Bréfritari: Sigríður Pálsdóttir
Viðtakandi: Páll Pálsson
Dagsetning: A-1856-09-26
Skrifað á: Hraungerði  Árn.
Páll var bróðir Sigríðar

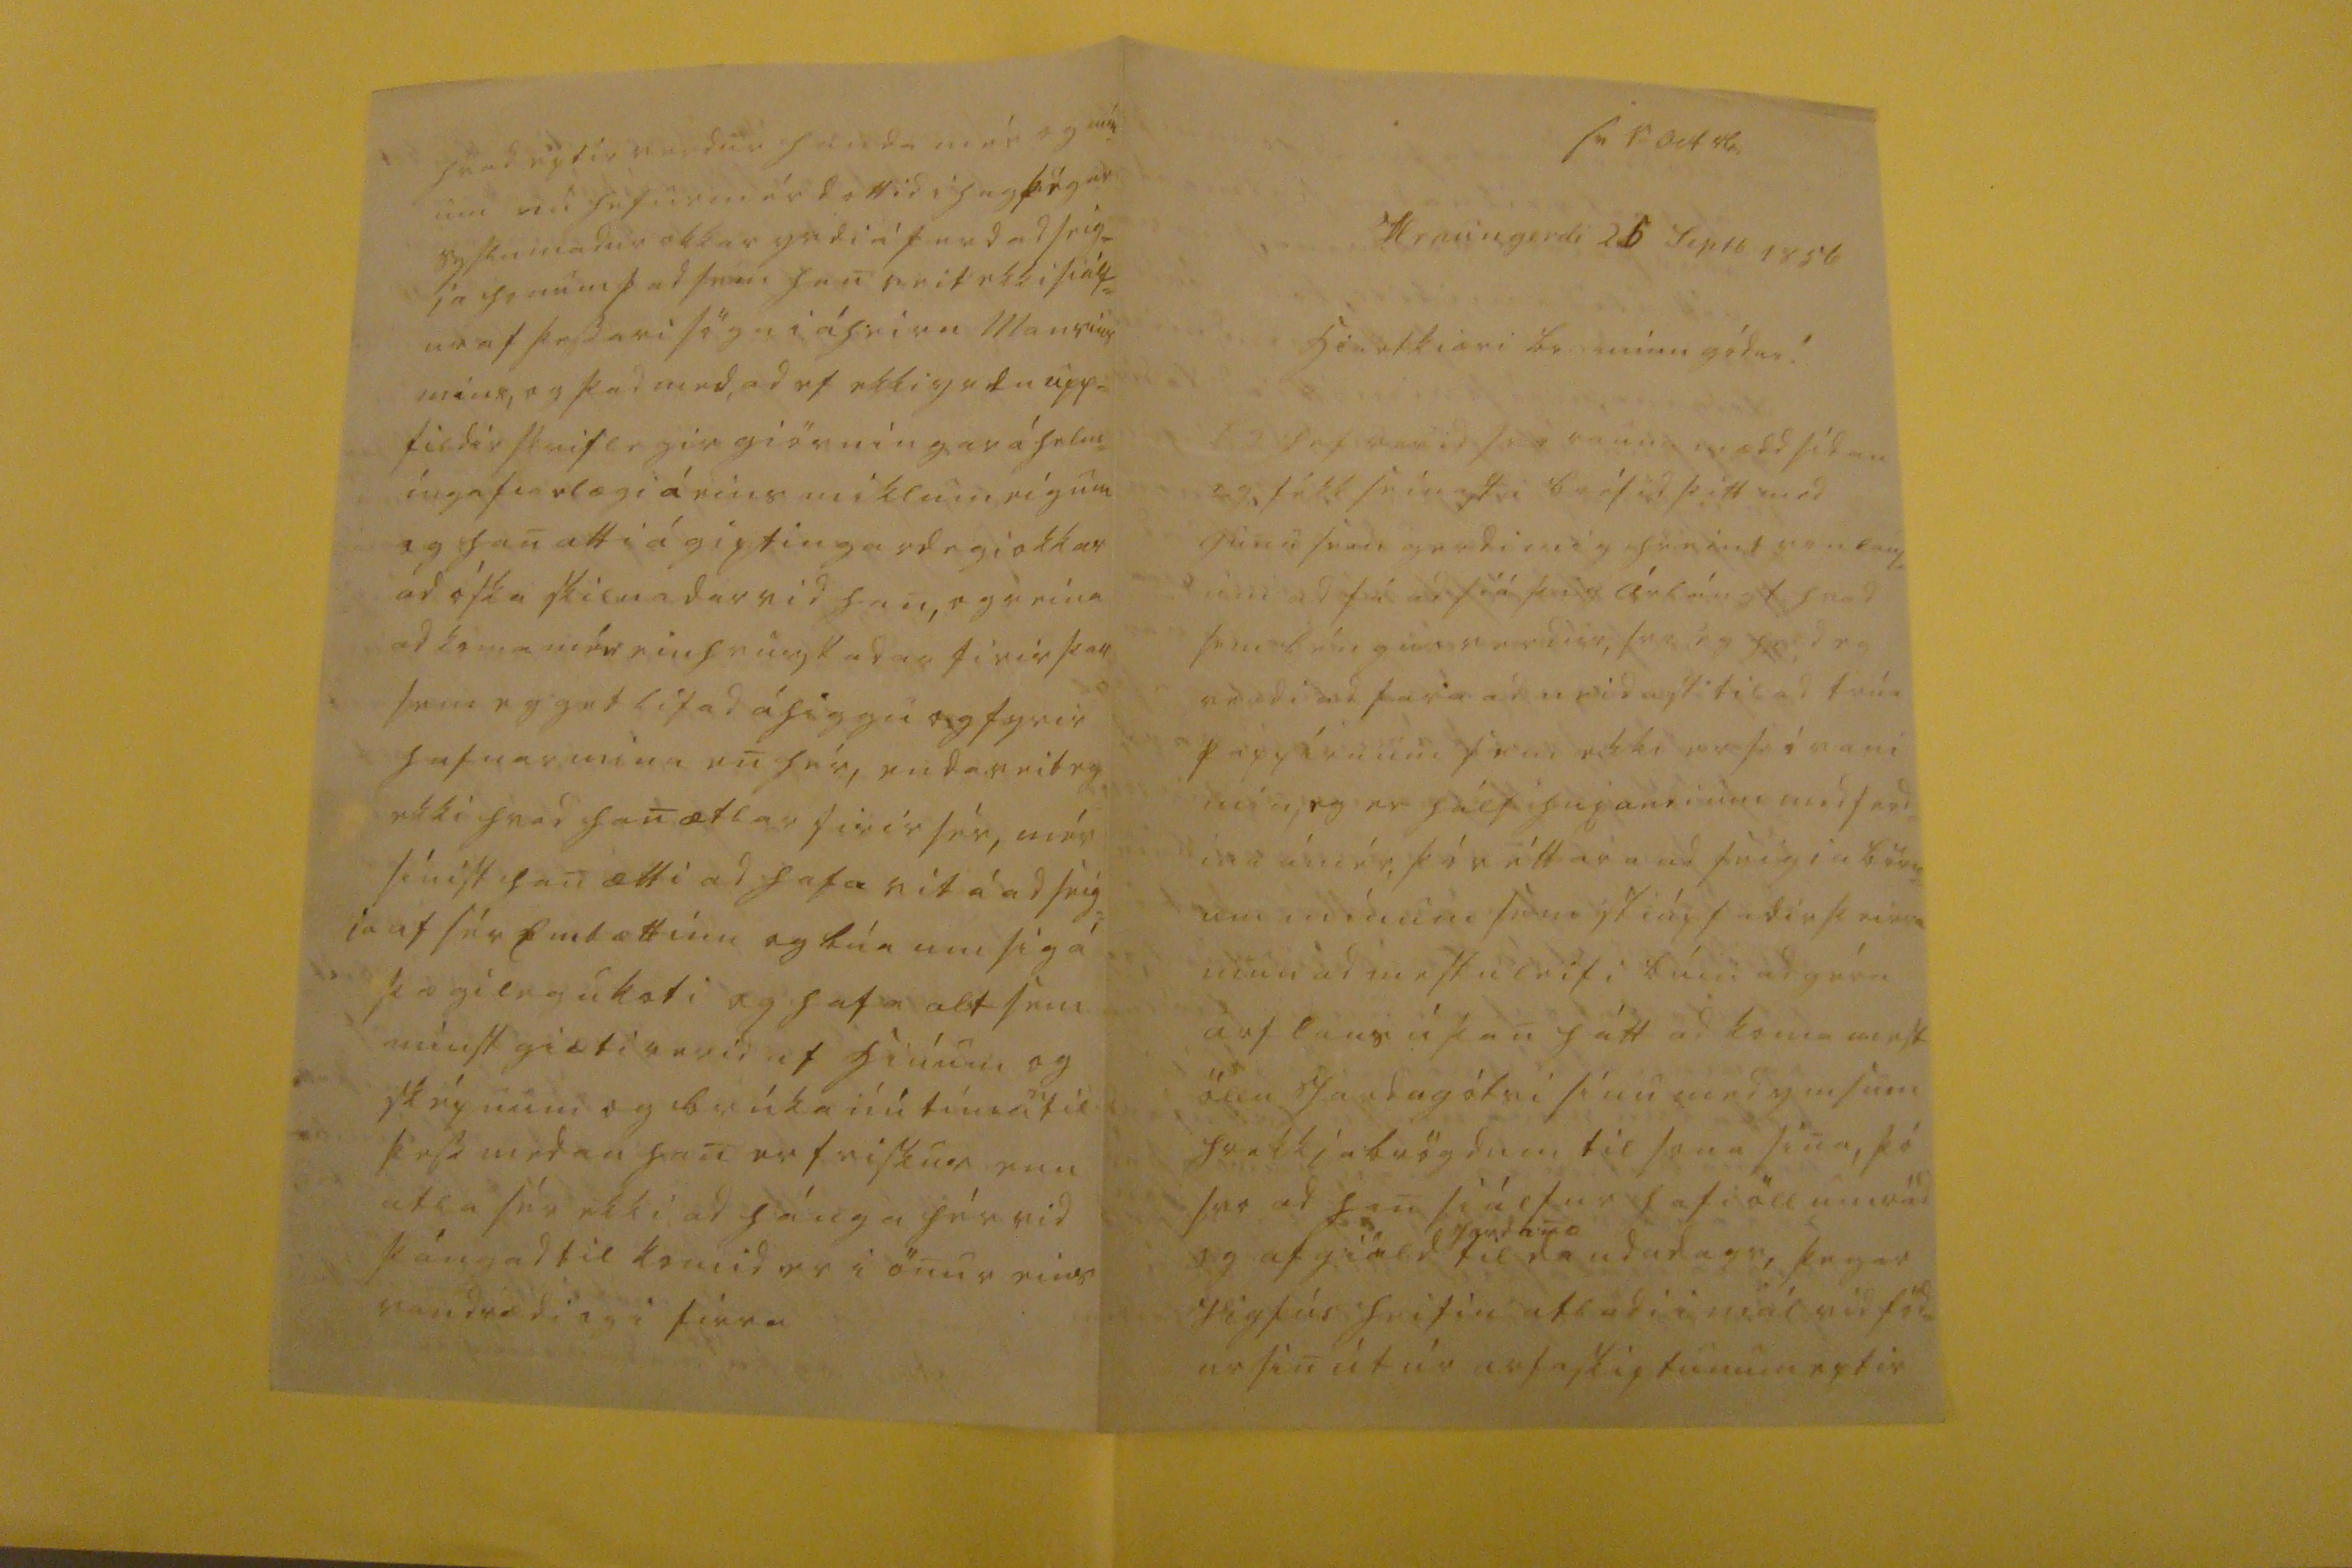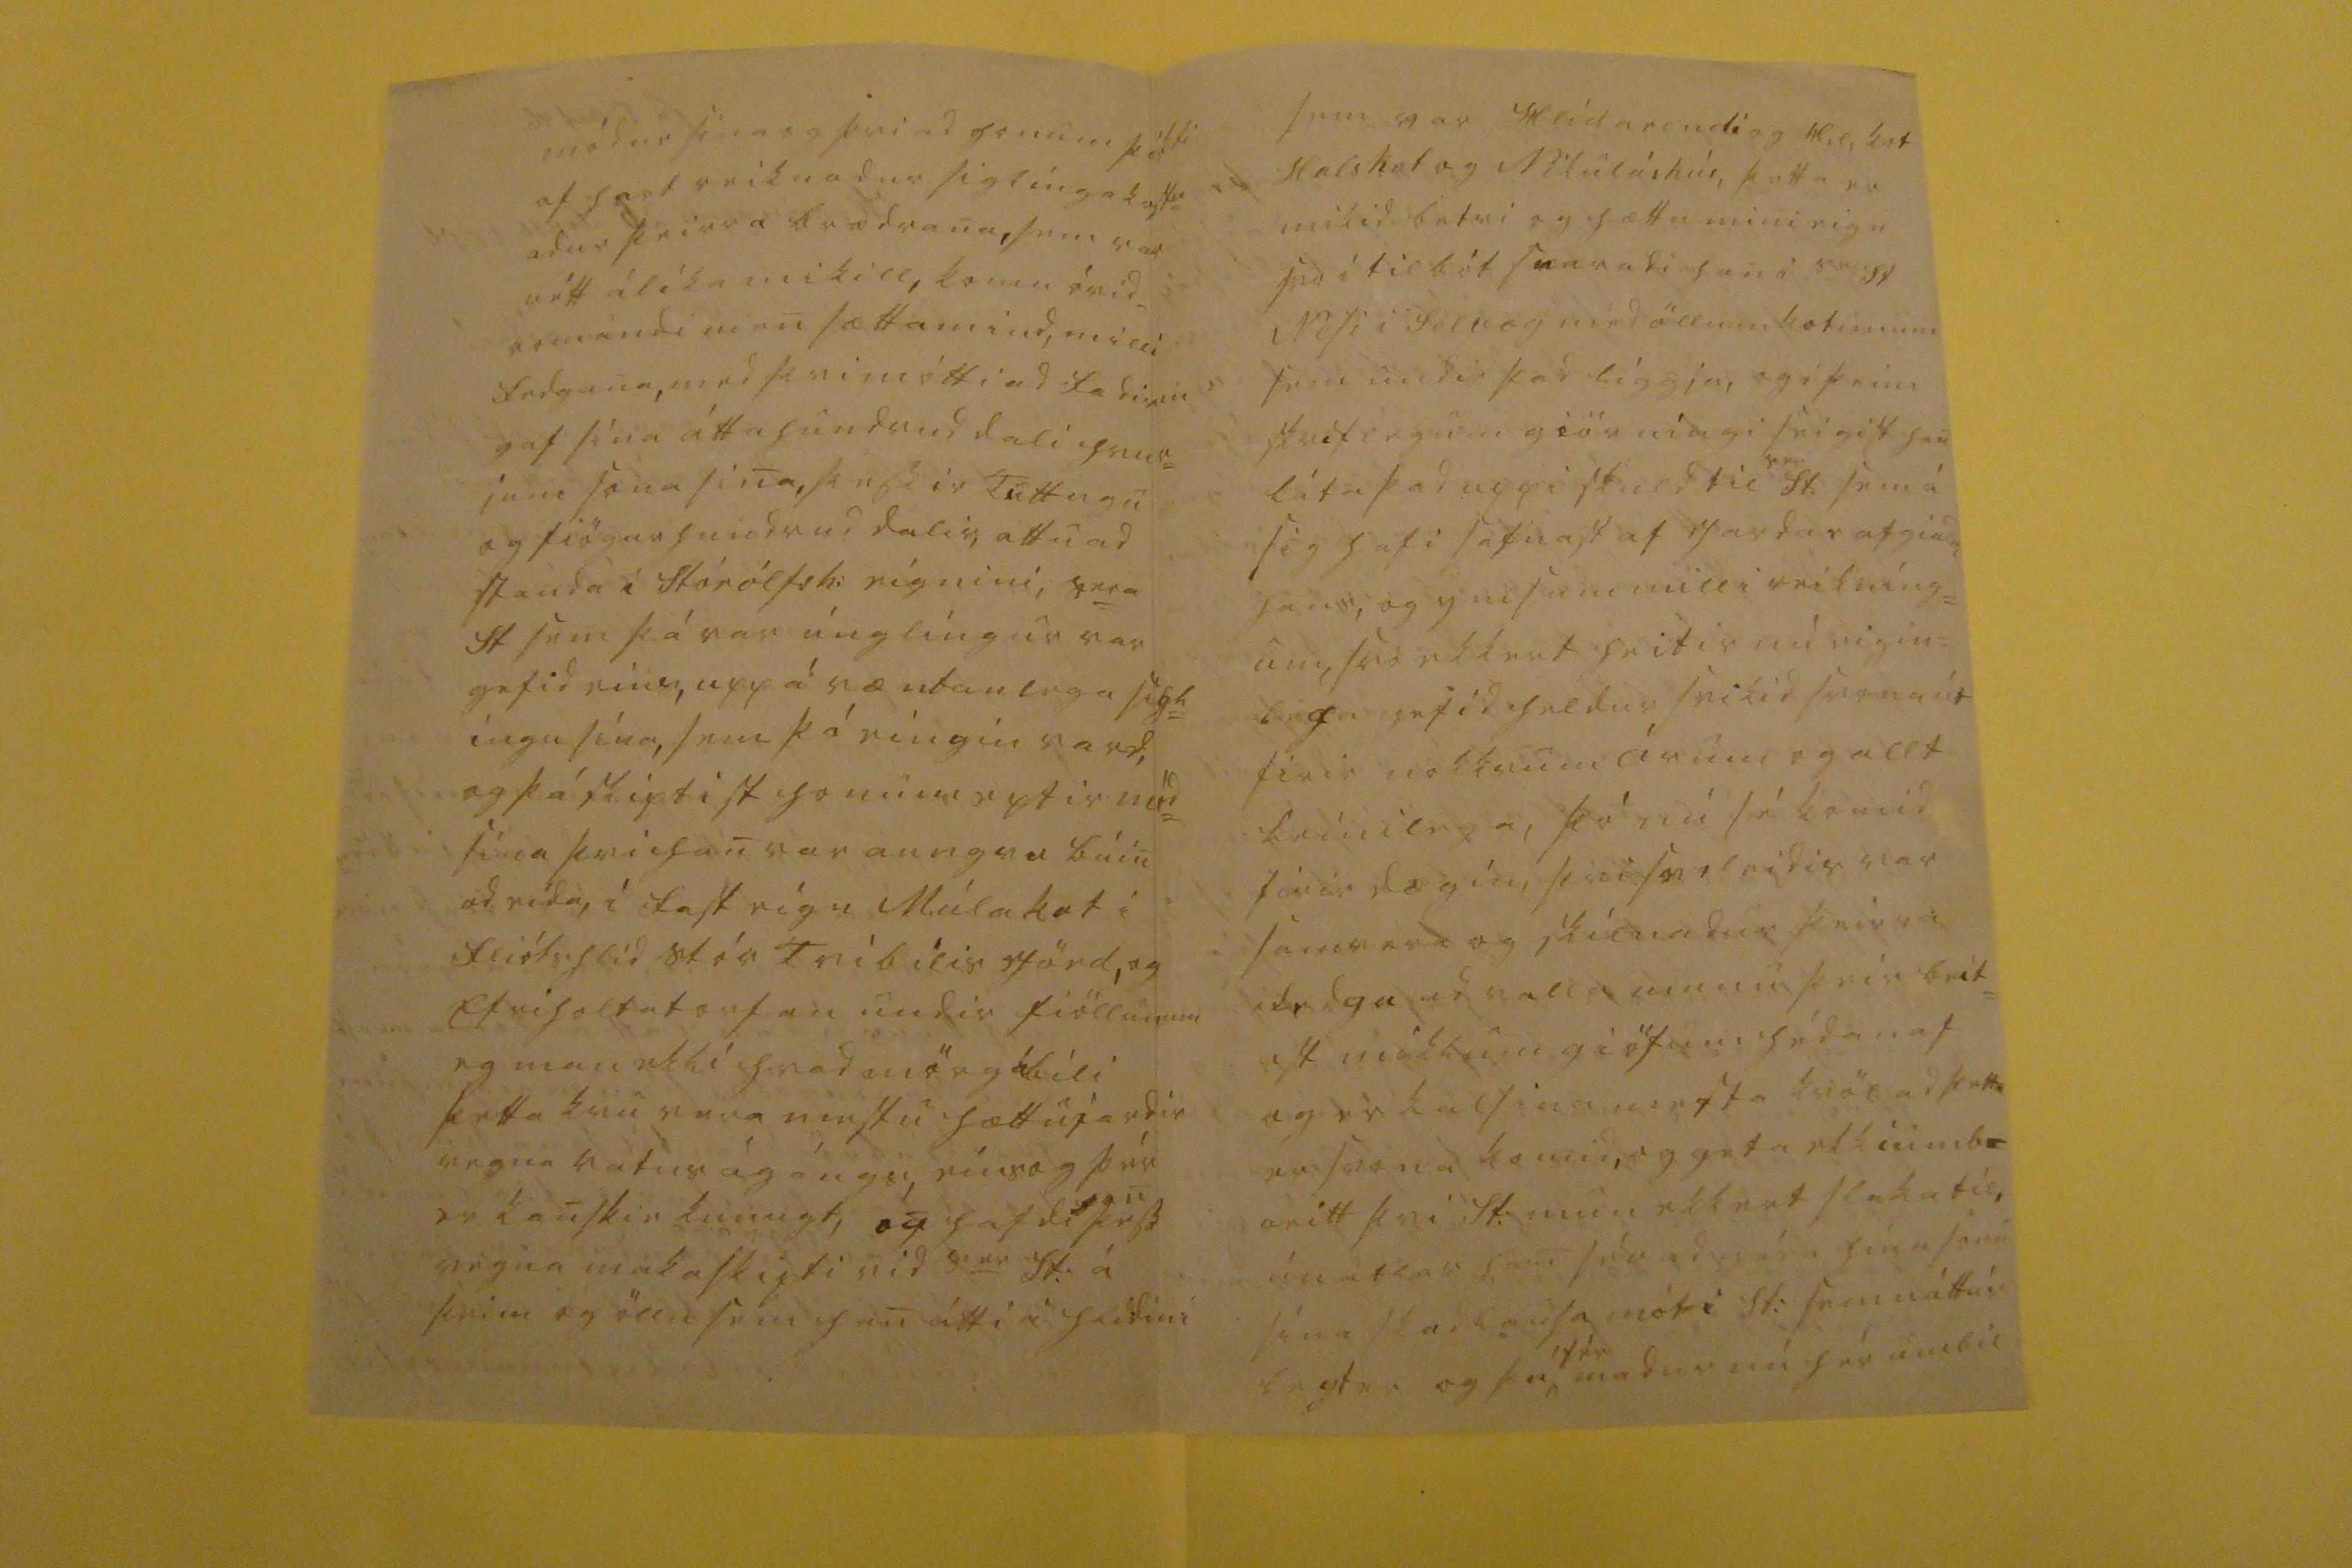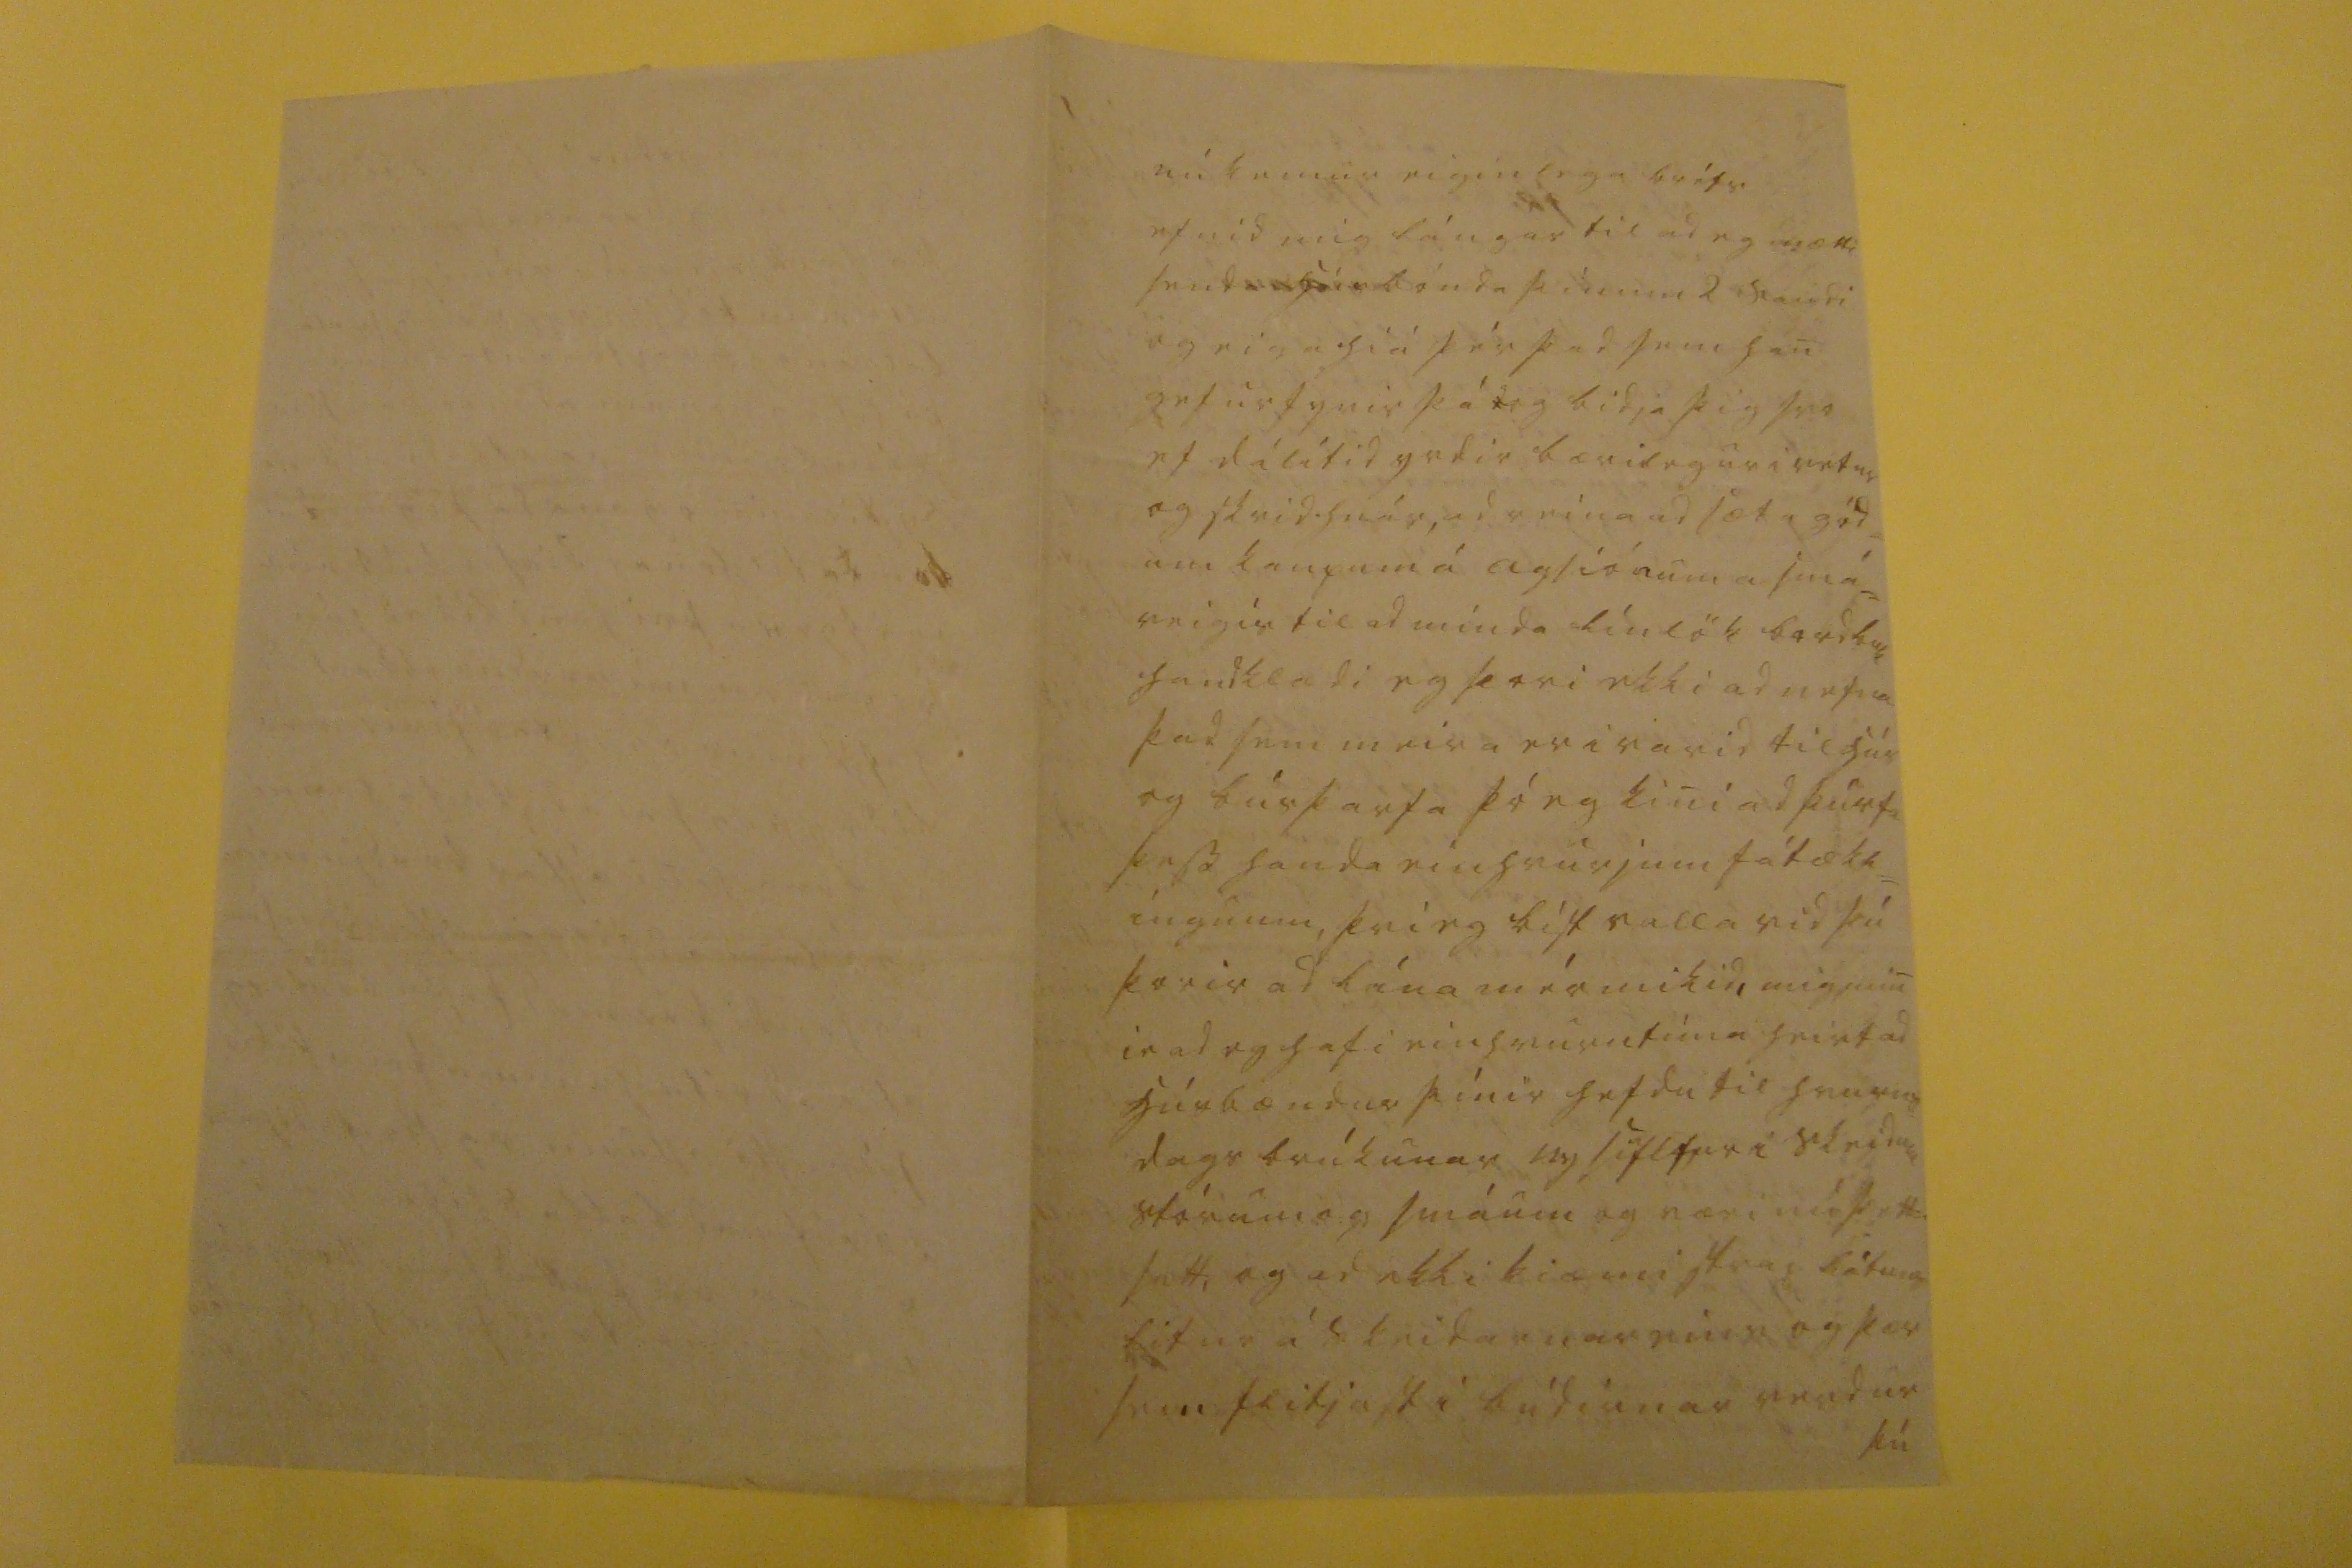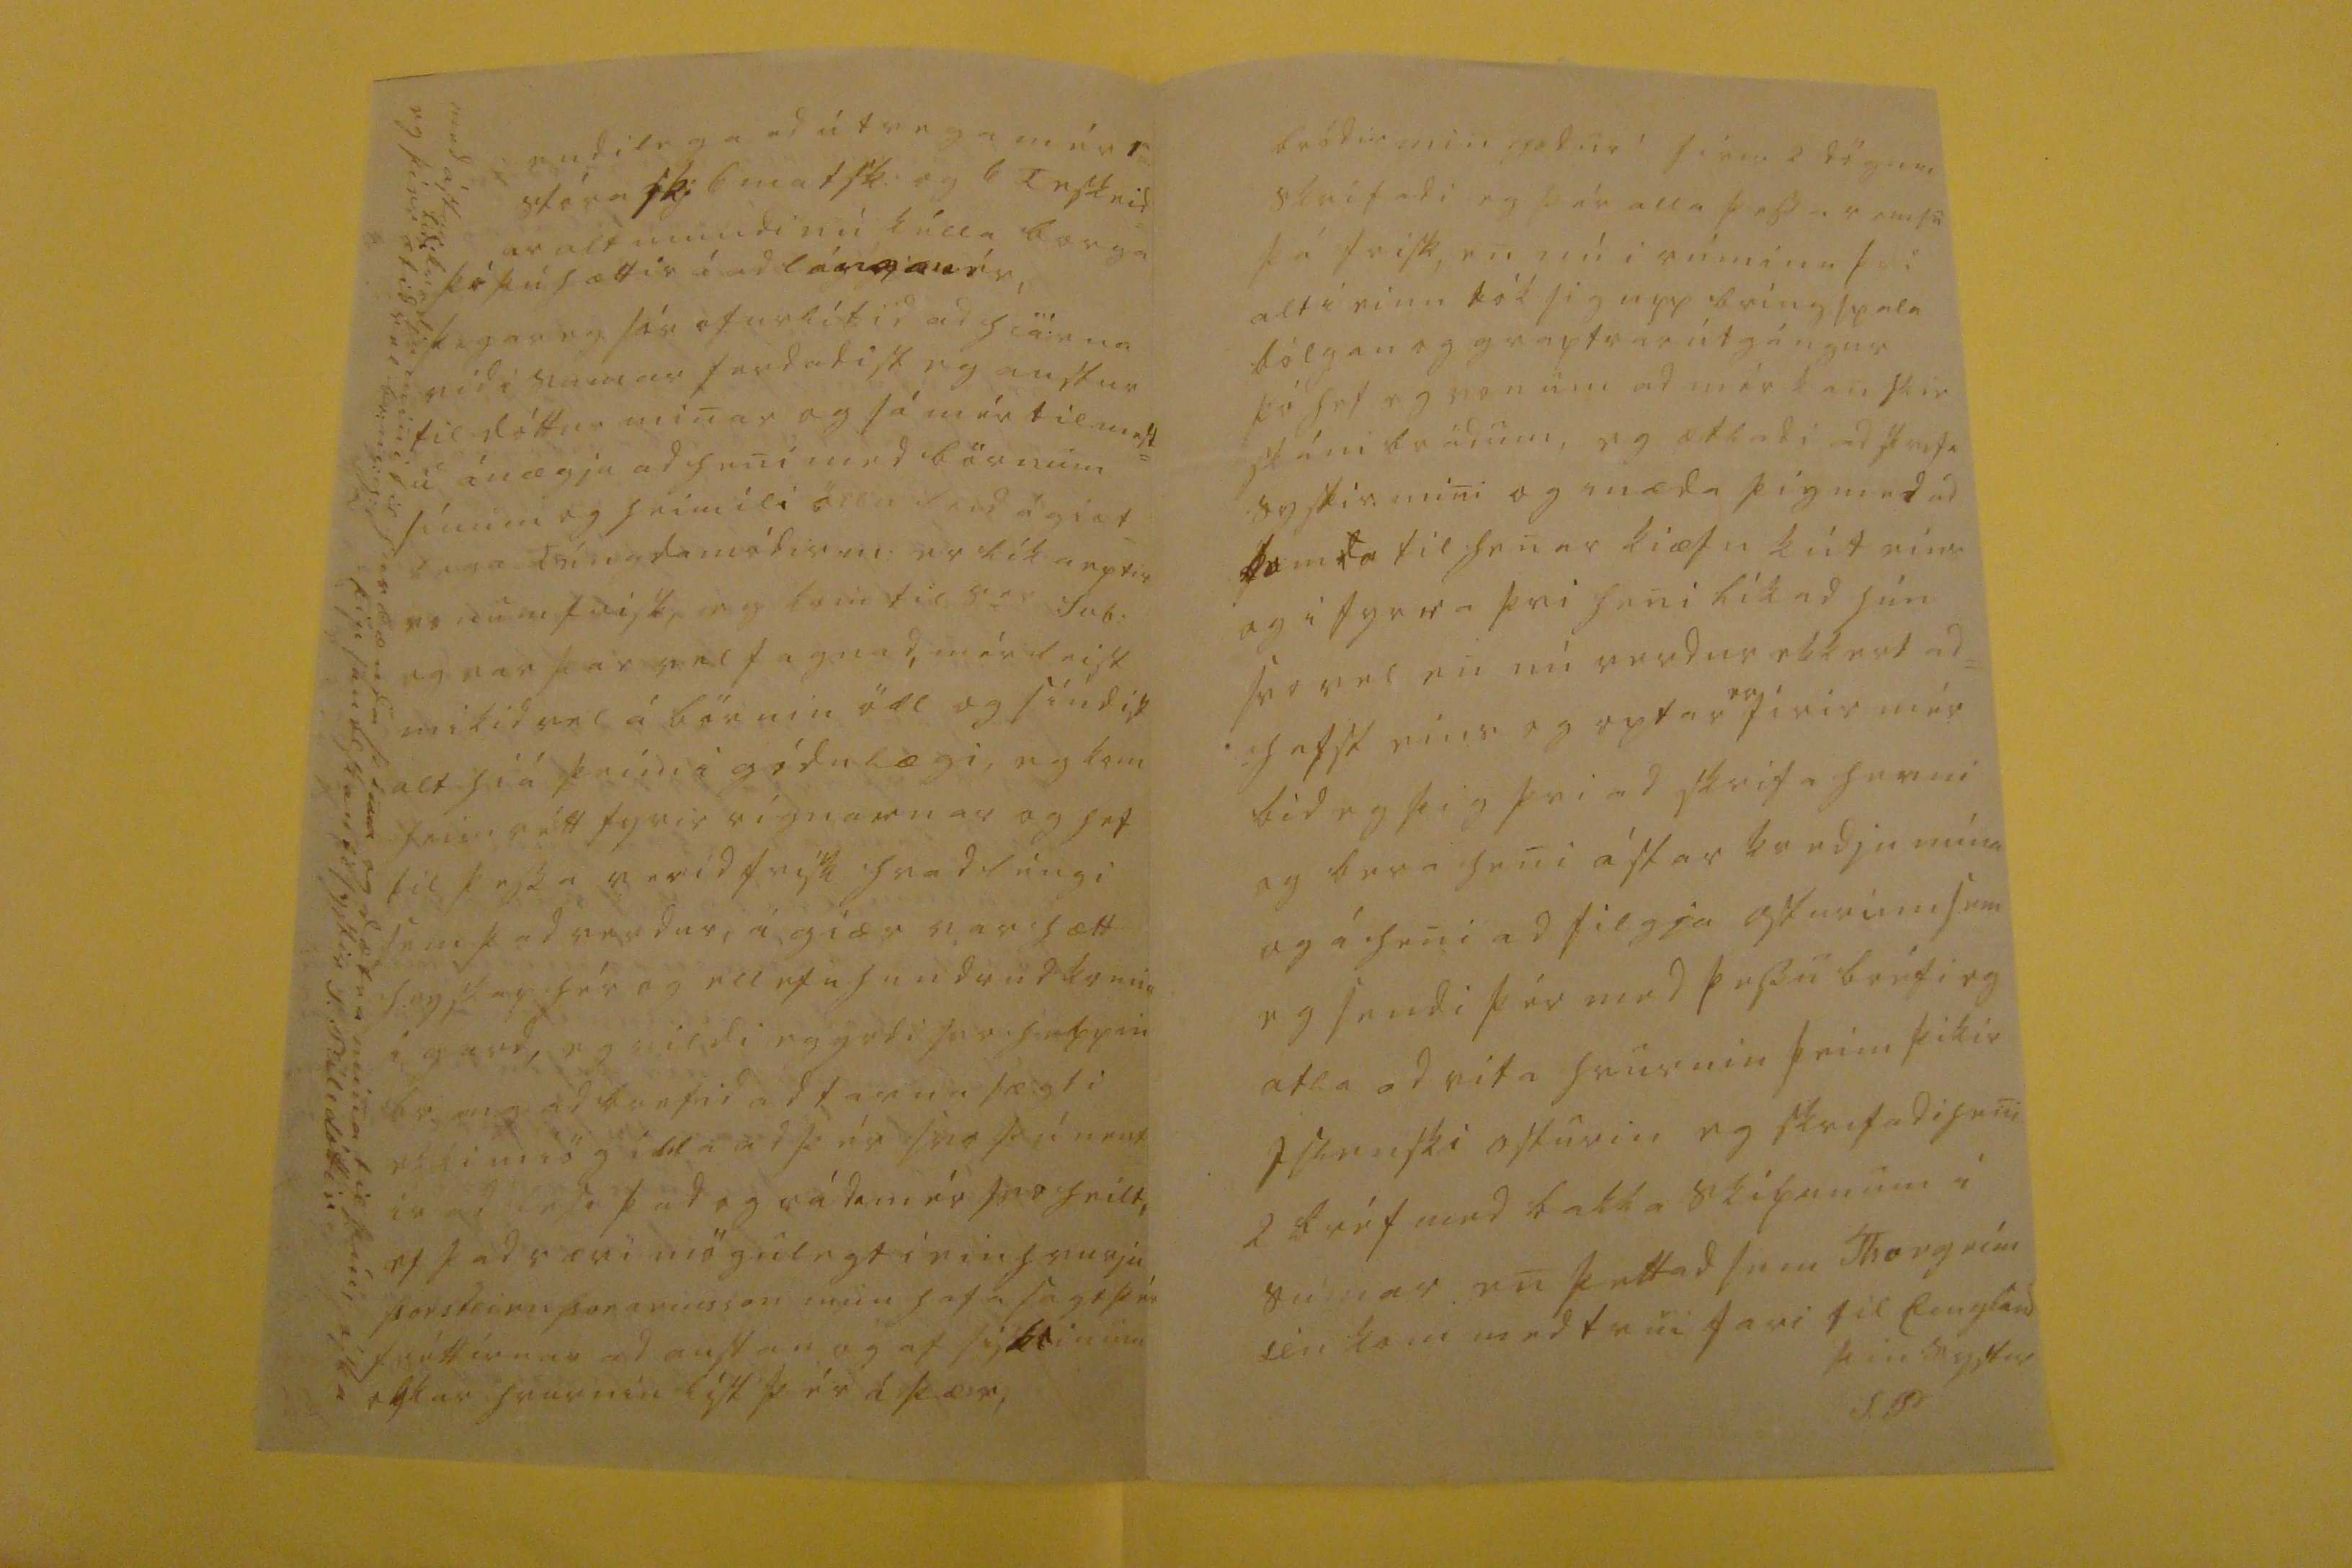

sv 1 Oct 56
Hraungerdi 26 Septb 1856
Hiartkiæri br. minn gódur!
Eg hef verid svo rauna mædd sídan eg fékk seinasta bréfid þitt med gunu sem gerdi mig hreint vonlausa um ad fá ad siá þig árlángt hvad sem lángur verdur, svo eg held eg verdi ad fara ad neidast til ad trúa pappírnum sem ekki er þó vani min, eg er hálf huxandi um medferd= ina á mér, þó réttara ad seigia börn= um mínu sem stiúpfadir þeirra mun ad mestu leiti búin ad géra
auf
léngi á þan hátt ad koma mest öllu Jarda
gódri
sínu med ymsum hrekkjabrögdum til sona sina, þó svo ad han siálfur hafi öll umrád og afgiöld
gud000
til daudadags, þegar Vigfús heitin atladi i mál vid föd= ur sin út úr arfaskiptunum eptir
módur sína og þvi ad honum þókti of hartreiknadur siglíngakostn= adur þeirra brædrana, sem var rétt álíka mikill, komu óvid= komandi men sættamind, milli fedgana, med þvi mótti ad fadirin gaf sína átta hundrud dali hvur= jum sona sina, þessir tuttugu og fiögur hundrud dalir, attu ad standa í Stórólfsk: eignini, vera St sem þá var únglíngur var gefid eins, upp á væntanlega sigl= íngu sína, sem þó eingin vard, og þá skiptist honum eptir
méd= sína
þvi han var aungvu búin ad eida, í fasteign Múlakot i Fliótshlíd stór Tvibílis
störd
, og efriholtatorfan undir fiöllunum eg man ekki hvad mörg
0kíli
þetta kvu vera mestu hættujardir vegna vatns og ángs, einsog þér er kanskie kunugt, og hafdi
han
þess vegna makaskipti vid s
er
St: á þeim og öllu sem han átti í hlídini
sem var Hlídarendi og Hl,l,kot Halskot og Nikuláshús, þetta er mikid betri og hættu mini eign svo í tilbót svaradi han i ser St
Nsi i Solvog
med öllum kotunum sem undir þad liggja, og i þeim skrifi eg um giörníngi seigist han láta þad uppi skuld til
ser
St. sem á sig hafi safnast af jardar afgialdi hans, og yni
sem
milli reikníng= um, svo ekkert heitir nú eigin=
0ega
gefid heldur svikid svona út firir nokkrum árum og allt leínilega, þó nú sé komid firir dægin, þvi svoleidis var samvera og skilnadur þeirra
i s00ga
ad valla munu þeir beit= ast
ma
kkum giöfum hédan af og er kalsins mesta kvöl ad þetta er svo na komid, og geta ekki umbr
0eitt
þvi St: mun ekkert slaka til, nú atlar han sér ad géra hína sonu sína skadlausa móti st: sem náttúr legt er og þá,
fér
madur nú hér umbil
hvad eptir verdur handa mér og mín= um nu hefur mér dottid i hug þégar syslumadur okkar yrdi á ferd ad seig= ja honum þad sem han veit ekki siálf= ur af þessari sögu i áheirn Mansins míns, og þad med, ad ef ekki yrdu upp= fildir skriflegir giörningar á helm= íngafiarlægi á eins miklum eigum og han atti á giptingardegi okkar ad óska skilnadar vid han, og reina ad koma mér einhvurstadar firir þar sem eg get lifad áhiggu og fyrir hafnarmina en hér, enda veit eg ekki hvad han ætlar firir sér, mér sínist han ætti ad hafa vit á ad seíg= ja af sér Embættinu og búa um sig á þægilegu koti og hafa alt sem minst giæti verid af hiúum og sképnum og brúka nú tíma
n
til þess medan han er friskur enn atla sér ekki ad hánga hér vid þángad til komid er i önur eins vandrædi og i firra
nú kemu eiginlega bréfs efnid mig lángar til ad eg mætti senda húsbónda þínum 2 saudi og eiga hiá þér þad sem han gefur fyrir þá og bidja þig svo ef dálítid yrdir bærilegur i vetur og skrid
hvár
, ad reina ad sæta gód= um kaupum á agsiónu a smá= veigis til ad minda
línlök bordbuk
handklædi eg þori ekki ad nefna þad sem meira er i varid til hús og búsþarfa þó eg kini ad þurfa þess handa einhvurjum fátækl= íngnum, þvi eg bist valla vid þú þorir ad lána mér mikid, mig min ir ad eg hafi einhvurntíma heirt ad húsbændur þínir hefdu til hvurns dags brúkunar ny
sisl0ur i Skridum
stórum og smáum og væri nú þetta sett, og ad ekki kiæmi strax
Eiturg
litur á skeidarnar eins og þær sem flitjast i búdirnar verdur þú
endilega ad útvega mér 1a= stóra sk: 6 mat sk: og 6 Teskeid= ar alt mundi nú kélla borga þó þú hættir í
ad lá000000ér,
þegar eg ofurlítid ad hierna ridi sumar ferdadist eg austur til dóttur minar og sá mér til mest= u ánægju ad heni med börnum þínum og heimili öllu
leid
ágiæt= lega téngdamódir m: er líka eptir vonum frisk, eg kom til s
er
Svb: eg var þar vel fagnad, mér leist mikid vel á börnin öll og séndist alt hiá þeim i gódu lægi, eg kom heim rétt fyrir eígnarnar og hef til þessa verid frisk hvad léngi sem þad verdur, í giær var hætt heyskap hér og ellefu hundrud
kve00
i gard, eg vildi eg yrdi svo heppin br.m.g. ad brefid ad farna sægti ekki miög illa ad þér svo þú vent ir ad lesa þad og ráda mér svo heilt, ef þad væri mögulegt i einhvurju Þorsteirn Þorarinsson mun hafa sagt þér fréttirnar ad austan og af syklinum okkar hvurnin líst þér á þær,
med ástar kvedju mini til husbænda þina og dætra mina til þín, óska eg þier
lídi
ætid vel br:m:g:g: þin sanelskandi systir S. Pálsdóttir
bródir min godur! firir 2 dögum skrifadi eg þér alla þessa romsu þó frisk, en nú i rúminu þvi alt i einu tók sig upp bringspala bólgan og graptrar útgángur þó hef eg von um ad mér kanskie skáni brádum, eg ætladi ad skrifa systir mini og mæda þig med ad
semda
til henar kiæfu kút eins og i fyrra þvi heni líkad hún svo vel en nú verdur ekkert ad= hafst eins og optar
er
firir mér bid eg þig þvi ad skrifa henni og bera heni ástar kvedju mína og á heni ad filgja osturinn sem eg sendi þér med þessu bréfi eg atla ad vita hvurnin þeim þikir Islenski osturin eg skrifadi heni 2 bréf med bakka skipunum i sumar en þettad sem Thorgrím
sen
kom med trui fari til Eingland
þin systir
S P